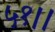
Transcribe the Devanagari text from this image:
५१।।